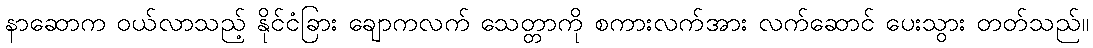
နာဆောက ဝယ်လာသည့် နိုင်ငံခြား ချောကလက် သေတ္တာကို စကားလက်အား လက်ဆောင် ပေးသွား တတ်သည်။